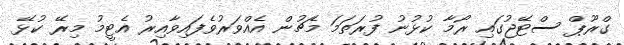
ގްރޫޕް ސްޓޭޖުގައި ރޯމާ ކުޅުނު ފުރަތަމަ މެޗުން އެއްވަރުވެފައިވާއިރު އެޓީމު މިރޭ ކުޅޭ